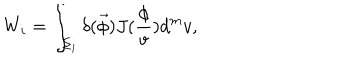
W _ { i } = \int _ { \Sigma _ { i } } \delta ( \vec { \phi } ) J ( \frac \phi v ) d ^ { m } v ,